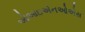
ઓઆઇએનઓએસ